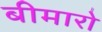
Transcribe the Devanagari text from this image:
बीमारो